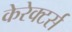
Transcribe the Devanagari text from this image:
केरेक्टर्स